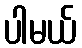
ပါမယ်